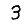
Digit: 3